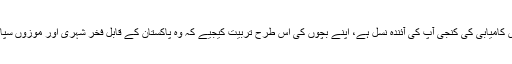
"آپ کے پاس کامیابی کی کنجی آپ کی آئندہ نسل ہے، اپنے بچوں کی اس طرح تربیت کیجیے کہ وہ پاکستان کے قابل فخر شہری اور موزوں سپاہی بن سکیں۔